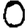
Digit: 0